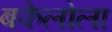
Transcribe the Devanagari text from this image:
बफेलोला